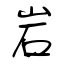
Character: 岩